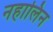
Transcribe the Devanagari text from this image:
नहालिन